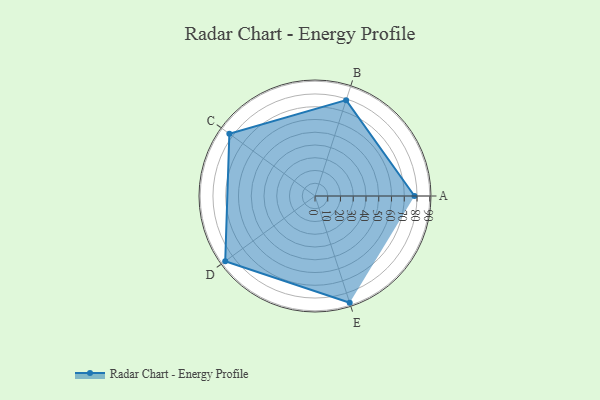
{"axis": {"x": "Skill", "y": "Score"}, "legend": ["Profile"], "data": [{"x": "A", "y": 78.0, "type": "Profile"}, {"x": "B", "y": 79.0, "type": "Profile"}, {"x": "C", "y": 83.0, "type": "Profile"}, {"x": "D", "y": 87.0, "type": "Profile"}, {"x": "E", "y": 88.0, "type": "Profile"}]}